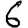
Digit: 6